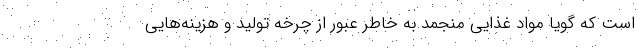
است که گویا مواد غذایی منجمد به خاطر عبور از چرخه تولید و هزینه‌هایی